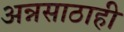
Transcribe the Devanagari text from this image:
अन्नसाठाही